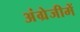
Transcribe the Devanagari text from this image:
अंग्रेजीमें